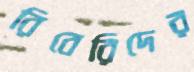
রিবেরিদের